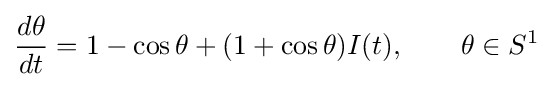
{\frac {d\theta }{dt}}=1-\cos \theta +(1+\cos \theta )I(t),\qquad \theta \in S^{1}